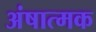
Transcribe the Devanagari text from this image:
अंषात्मक